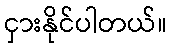
ငှားနိုင်ပါတယ်။